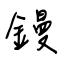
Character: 鏝